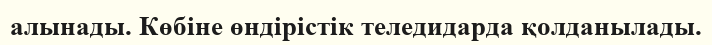
алынады. Көбіне өндірістік теледидарда қолданылады.